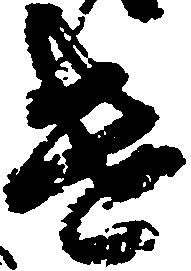
遣